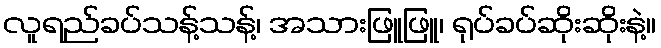
လူရည်ခပ်သန့်သန့်၊ အသားဖြူဖြူ၊ ရုပ်ခပ်ဆိုးဆိုးနဲ့။